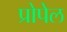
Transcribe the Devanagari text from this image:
प्रोपेल